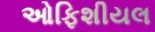
ઓફિશીયલ